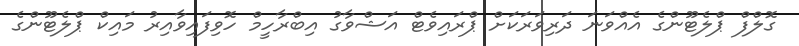
ގޮލްފް ޕްލެޓޫންގެ އެއްވަނަ ދަރިވަރަކަށް ޕްރައިވެޓް އަޝްވާގު އިބްރާހީމް ހޮވިފައިވާއިރު މައިކް ޕްލެޓޫންގެ